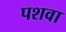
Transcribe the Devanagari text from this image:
पशवा